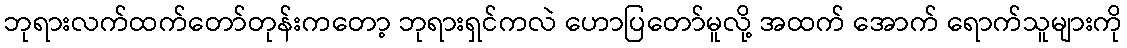
ဘုရားလက်ထက်တော်တုန်းကတော့ ဘုရားရှင်ကလဲ ဟောပြတော်မူလို့ အထက် အောက် ရောက်သူများကို